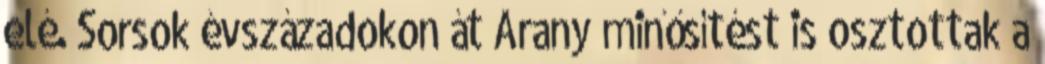
elé. Sorsok évszázadokon át Arany minősítést is osztottak a